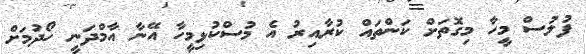
ފުލުސް މީހާ މިގޮތަށް ކަންތައް ކުރާއިރު އެ މުސްކުޅިމީހާ އޭނާ އާމްދަނީ ހޯދުމަށް